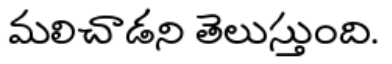
మలిచాడని తెలుస్తుంది.